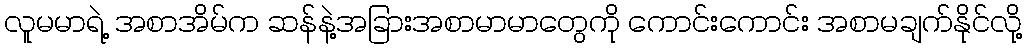
လူမမာရဲ့ အစာအိမ်က ဆန်နဲ့အခြားအစာမာမာတွေကို ကောင်းကောင်း အစာမချက်နိုင်လို့